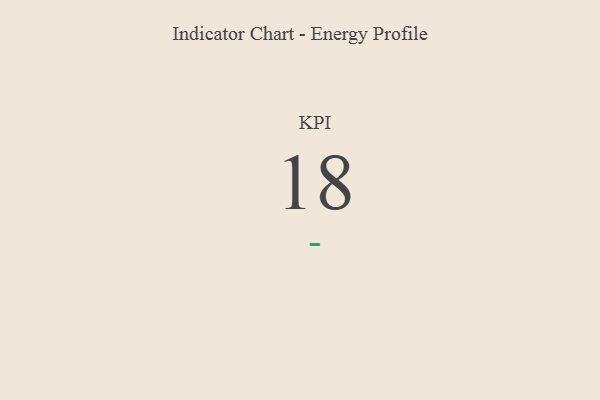
{"axis": {"x": "KPI", "y": "Value"}, "legend": [""], "data": [{"x": "KPI", "y": 18, "type": ""}]}